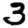
Digit: 3